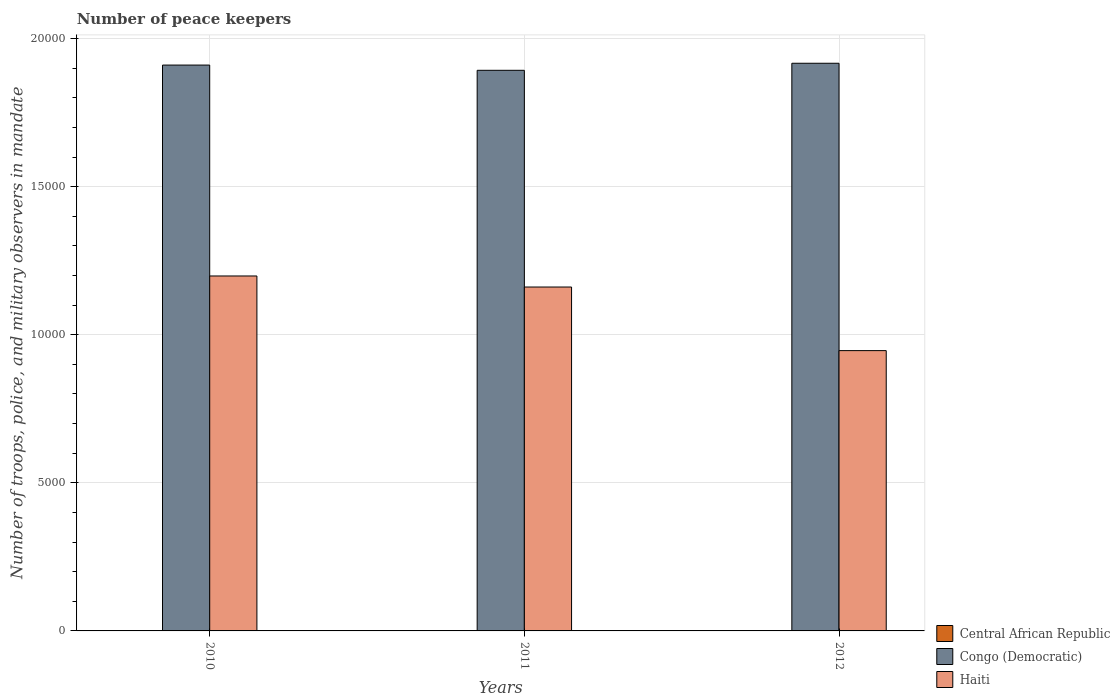
| Years | Central African Republic | Congo (Democratic) | Haiti |
 | --- | --- | --- | --- |
 | 2010 | 3 | 1.91e+04 | 1.2e+04 |
 | 2011 | 4 | 1.89e+04 | 1.16e+04 |
 | 2012 | 4 | 1.92e+04 | 9.46e+03 |